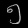
Digit: ၅